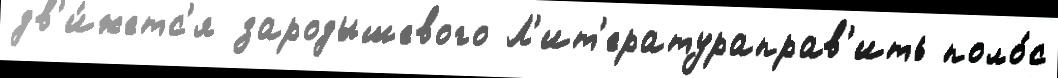
дв'и́жетс'я зародышевого Л'ит'ератураправ'ить поло́с